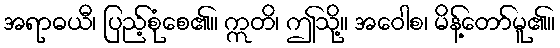
အရာဓယီ၊ ပြည့်စုံစေ၏။ ဣတိ၊ ဤသို့။ အဝေါစ၊ မိန့်တော်မူ၏။